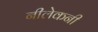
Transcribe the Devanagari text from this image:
नीलेकनी